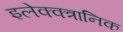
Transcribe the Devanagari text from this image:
इलेक्क्त्रानिक